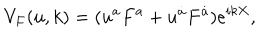
LaTeX: V _ { F } ( u , k ) = ( u ^ { a } F ^ { a } + u ^ { \dot { a } } F ^ { \dot { a } } ) e ^ { i k X } ,